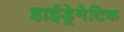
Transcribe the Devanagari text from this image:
हाईड्रेमेटिक